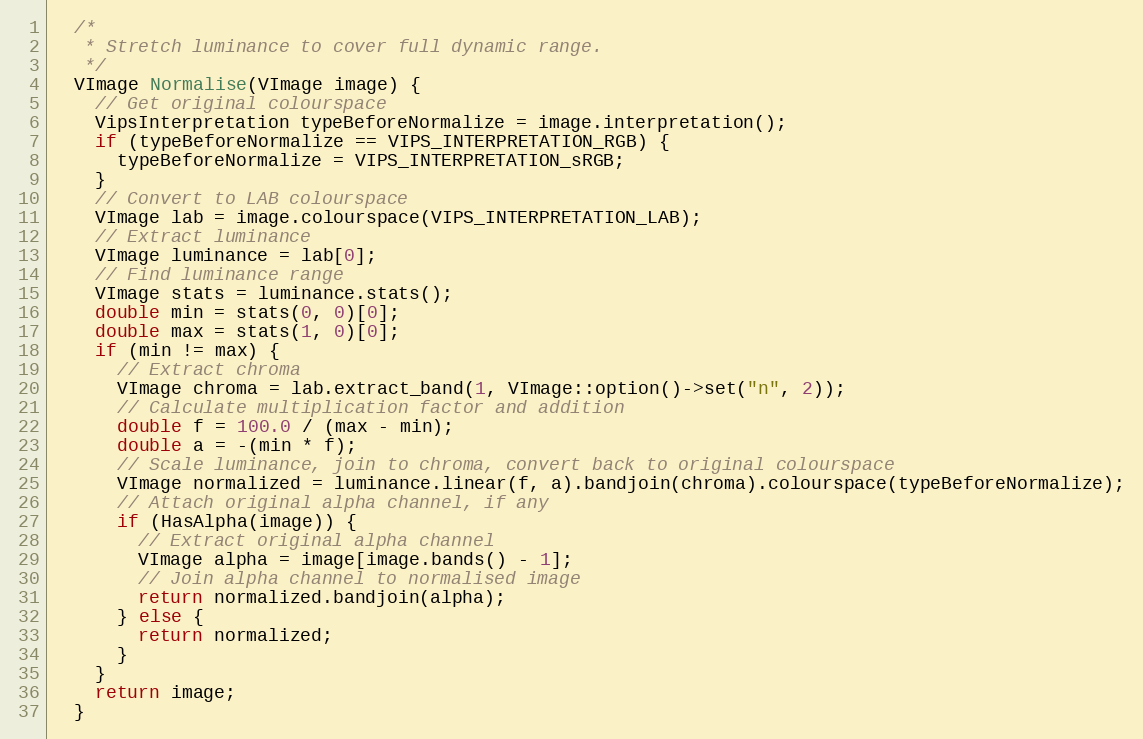
Language: C++
  /*
   * Stretch luminance to cover full dynamic range.
   */
  VImage Normalise(VImage image) {
    // Get original colourspace
    VipsInterpretation typeBeforeNormalize = image.interpretation();
    if (typeBeforeNormalize == VIPS_INTERPRETATION_RGB) {
      typeBeforeNormalize = VIPS_INTERPRETATION_sRGB;
    }
    // Convert to LAB colourspace
    VImage lab = image.colourspace(VIPS_INTERPRETATION_LAB);
    // Extract luminance
    VImage luminance = lab[0];
    // Find luminance range
    VImage stats = luminance.stats();
    double min = stats(0, 0)[0];
    double max = stats(1, 0)[0];
    if (min != max) {
      // Extract chroma
      VImage chroma = lab.extract_band(1, VImage::option()->set("n", 2));
      // Calculate multiplication factor and addition
      double f = 100.0 / (max - min);
      double a = -(min * f);
      // Scale luminance, join to chroma, convert back to original colourspace
      VImage normalized = luminance.linear(f, a).bandjoin(chroma).colourspace(typeBeforeNormalize);
      // Attach original alpha channel, if any
      if (HasAlpha(image)) {
        // Extract original alpha channel
        VImage alpha = image[image.bands() - 1];
        // Join alpha channel to normalised image
        return normalized.bandjoin(alpha);
      } else {
        return normalized;
      }
    }
    return image;
  }